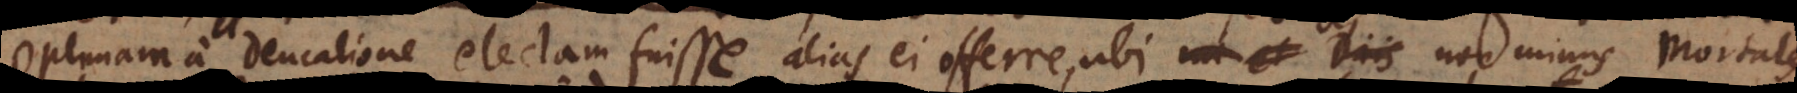
optimam a Deucalione electam fuisse, alias ei offerre, ubi non minus mortales